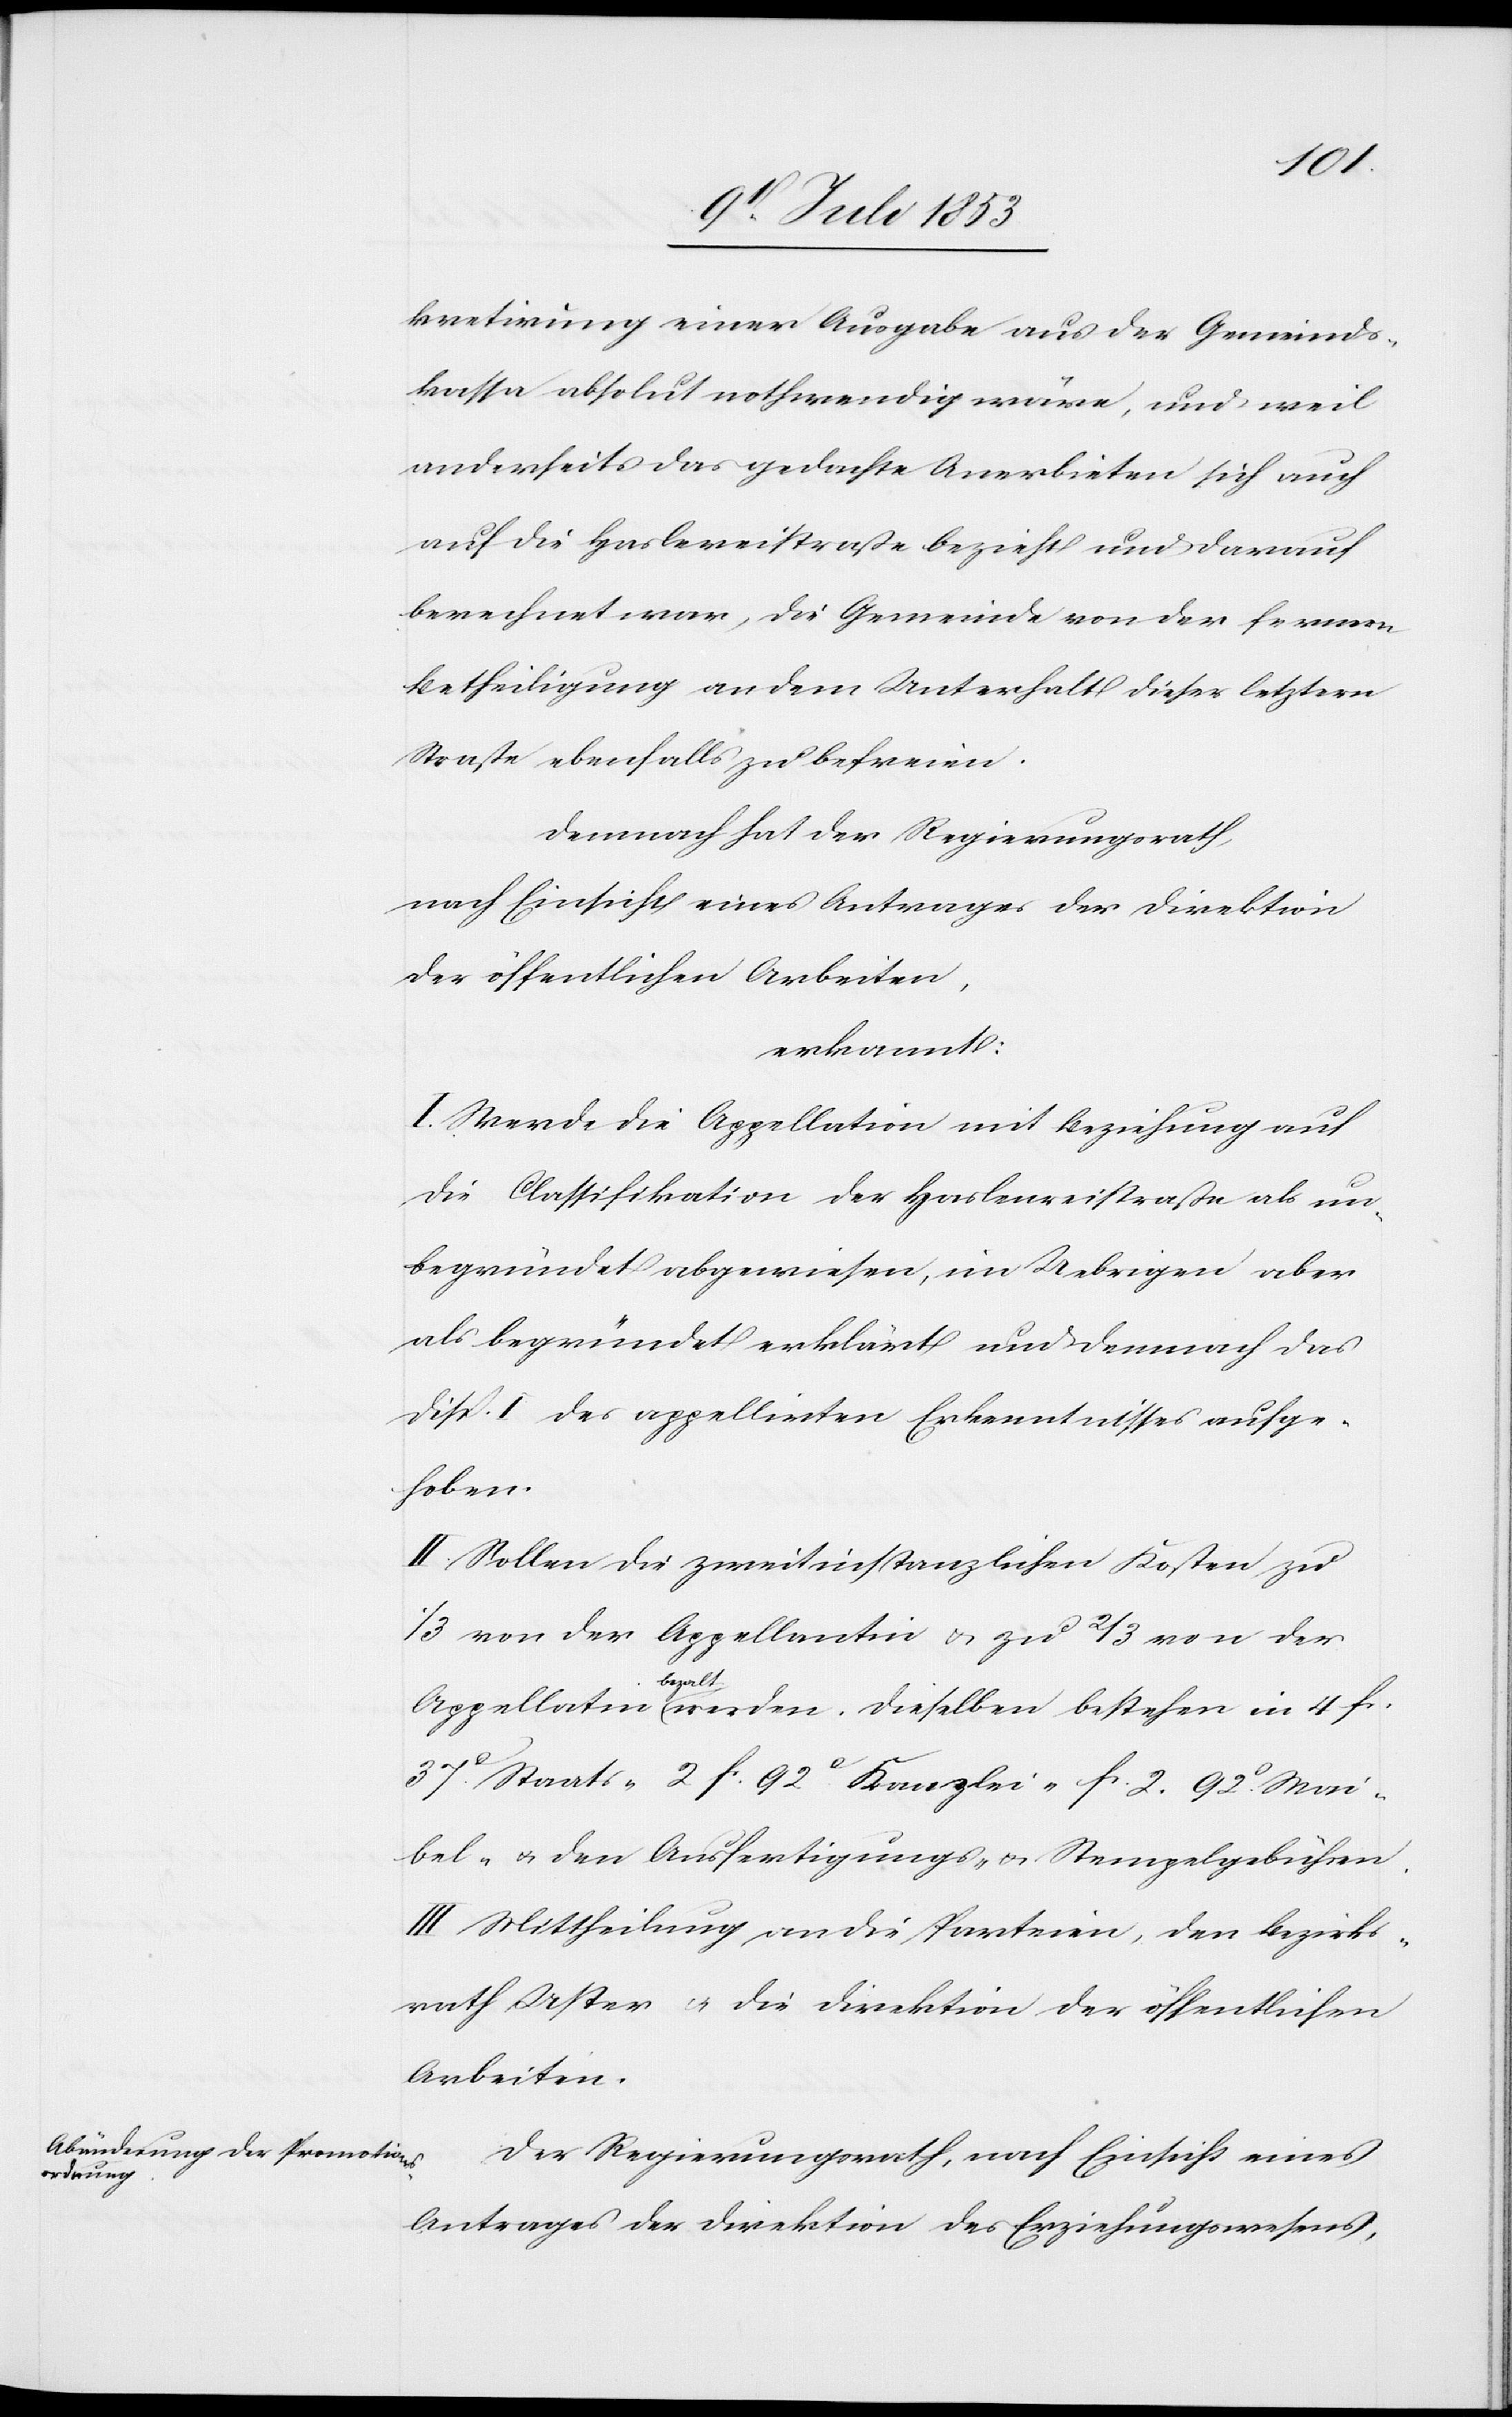
kretirung einer Ausgabe aus der Gemeinds¬
kassa absolut nothwendig wäre, und weil
anderseits das gedachte Anerbieten sich auch
auf die Haslereistraße bezieht und darauf
berechnet war, die Gemeinde von der fernern
Betheiligung an dem Unterhalt dieser letztern
Straße ebenfalls zu befreien.
Demnach hat der Regierungsrath,
nach Einsicht eines Antrages der Direktion
erkannt:
I. Werde die Appelation mit Beziehung au¬
f Classifikation der Haslereistraße als un¬
begründet abgewiesen, im Uebrigen aber
als begründet erklärt und demnach das
Disp. I des appellirten Erkenntnisses aufge¬
hoben.
II. Sollen die zweitinstanzlichen Kosten zu
1/3 von der Appellantin u. zu 2/3 von der
Appellatin bezalt werden. Dieselben bestehen in 4 fr.
37c Staats- 2 fr. 92c Kanzlei- fr. 2. 92c Wai¬
bel- u. den Ausfertigungs- u. Stempelgebühren.
III. Mittheilung an die Parteien, den Bezirks¬
rath Uster u. die Direktion der öffentlichen
Arbeiten.
Der Regierungsrath, nach Einsicht eines
Antrages der Direktion des Erziehungswesens,